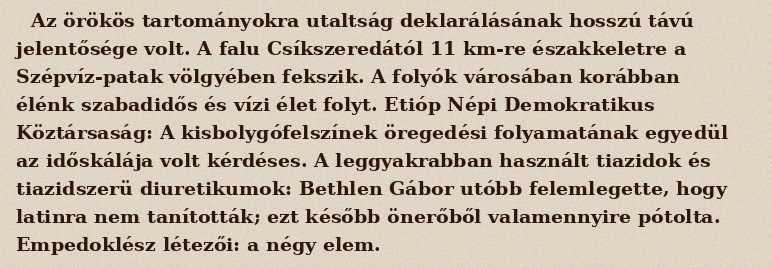
Az örökös tartományokra utaltság deklarálásának hosszú távú jelentősége volt. A falu Csíkszeredától 11 km-re északkeletre a Szépvíz-patak völgyében fekszik. A folyók városában korábban élénk szabadidős és vízi élet folyt. Etióp Népi Demokratikus Köztársaság: A kisbolygófelszínek öregedési folyamatának egyedül az időskálája volt kérdéses. A leggyakrabban használt tiazidok és tiazidszerü diuretikumok: Bethlen Gábor utóbb felemlegette, hogy latinra nem tanították; ezt később önerőből valamennyire pótolta. Empedoklész létezői: a négy elem.